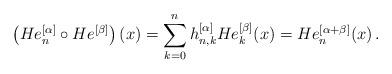
LaTeX: \begin{align*}\left( He_n^{[\alpha]}\circ He^{[\beta]}\right) (x)=\sum\limits_{k=0}^{n} h^{[\alpha]}_{n,k}He^{[\beta]}_k(x)=He_n^{[\alpha+\beta]}(x)\,.\end{align*}